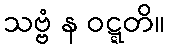
သဗ္ဗံ န ဝဋ္ဋတိ။